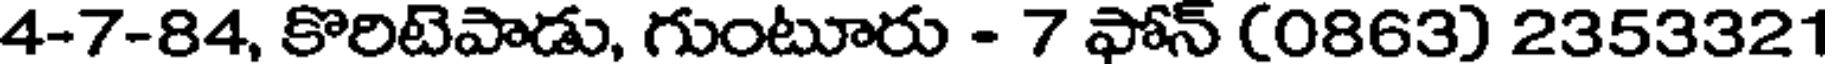
4-7-84, కొరిటెపాడు, గుంటూరు - 7 ఫోన్ (0863) 2353321